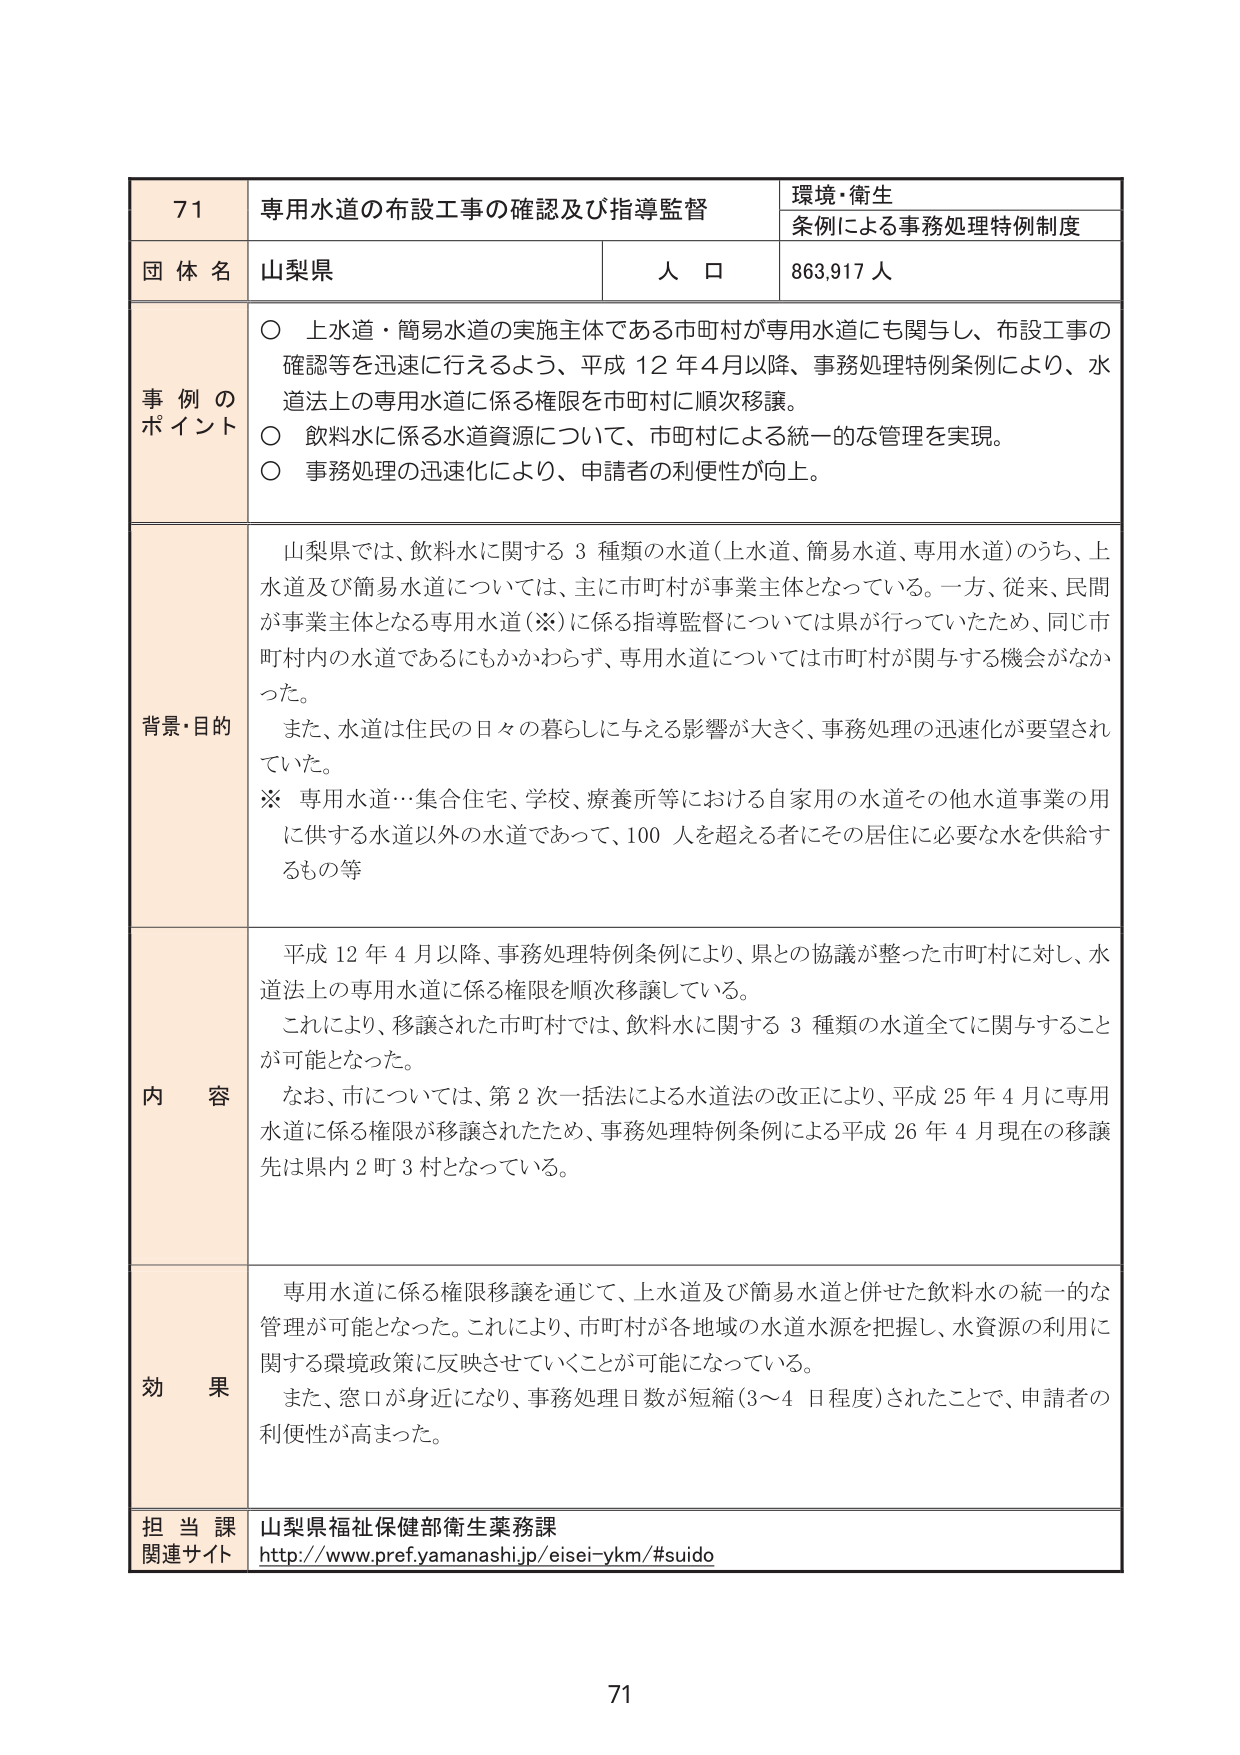
71
専用水道の布設工事の確認及び指導監督
環境・衛生
条例による事務処理特例制度

団体名 山梨県
人口 863,917人

事例のポイント
○ 上水道・簡易水道の実施主体である市町村が専用水道にも関与し、布設工事の確認等を迅速に行えるよう、平成12年4月以降、事務処理特例条例により、水道法上の専用水道に係る権限を市町村に順次移譲。
○ 飲料水に係る水道資源について、市町村による統一的な管理を実現。
○ 事務処理の迅速化により、申請者の利便性が向上。

背景・目的
山梨県では、飲料水に関する3種類の水道（上水道、簡易水道、専用水道）のうち、上水道及び簡易水道については、主に市町村が事業主体となっている。一方、従来、民間が事業主体となる専用水道（※）に係る指導監督については県が行っていたため、同じ市町村内の水道であるにもかかわらず、専用水道については市町村が関与する機会がなかった。
また、水道は住民の日々の暮らしに与える影響が大きく、事務処理の迅速化が要望されていた。
※ 専用水道…集合住宅、学校、療養所等における自家用の水道その他水道事業の用に供する水道以外の水道であって、100人を超える者にその居住に必要な水を供給するもの等

内容
平成12年4月以降、事務処理特例条例により、県との協議が整った市町村に対し、水道法上の専用水道に係る権限を順次移譲している。
これにより、移譲された市町村では、飲料水に関する3種類の水道全てに関与することが可能となった。
なお、市については、第2次一括法による水道法の改正により、平成25年4月に専用水道に係る権限が移譲されたため、事務処理特例条例による平成26年4月現在の移譲先は県内2町3村となっている。

効果
専用水道に係る権限移譲を通じて、上水道及び簡易水道と併せた飲料水の統一的な管理が可能となった。これにより、市町村が各地域の水道水源を把握し、水資源の利用に関する環境政策に反映させていくことが可能になっている。
また、窓口が身近になり、事務処理日数が短縮（3～4日程度）されたことで、申請者の利便性が高まった。

担当課 山梨県福祉保健部衛生薬務課
関連サイト http://www.pref.yamanashi.jp/eisei-ykm/#suido

71